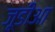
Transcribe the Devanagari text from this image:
जूडीआ